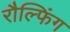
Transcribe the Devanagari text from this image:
रौल्फिंग